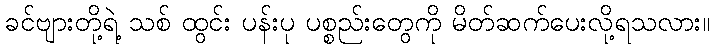
ခင်ဗျားတို့ရဲ့ သစ် ထွင်း ပန်းပု ပစ္စည်းတွေကို မိတ်ဆက်ပေးလို့ရသလား။